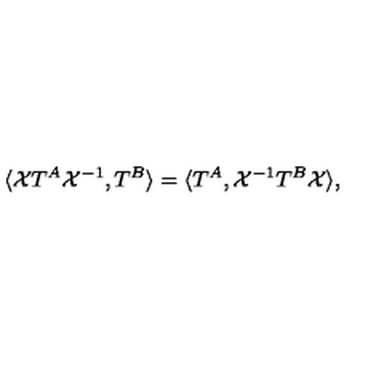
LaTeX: \langle { \cal X } T ^ { A } { \cal X } ^ { - 1 } , T ^ { B } \rangle = \langle T ^ { A } , { \cal X } ^ { - 1 } T ^ { B } { \cal X } \rangle ,